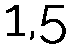
1,5